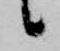
候